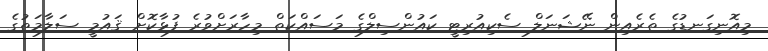
މިއޮނިގަނޑުގެ ތެރެއިން ނޭޝަނަލް ސެކިއުރިޓީ ކައުންސިލްގެ މަސައްކަތް މިހާރަށްވުރެ ފުޅާކޮށް ޤައުމީ ސަލާމަތުގެ